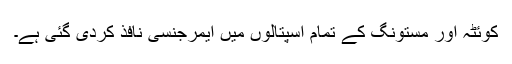
کوئٹہ اور مستونگ کے تمام اسپتالوں میں ایمرجنسی نافذ کردی گئی ہے۔